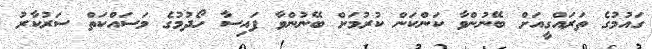
ގައުމުގެ ތަރައްގީއަށް ބޭނުންވާ ކަންކަން ކުރުމަށް ބޭނުންވާ ފައިސާ ހޯދުމުގެ މަސައްކަތް ސަރުކާރު